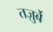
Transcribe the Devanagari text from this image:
तज़ुर्बे